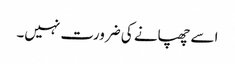
اسے چھپانے کی ضرورت نہیں۔